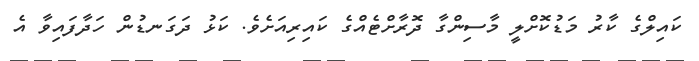
ކައިލްގެ ކާރު މަޑުކޮށްލީ މާސިންގާ ދޮރާށްޓެއްގެ ކައިރިއަށެވެ. ކަޅު ދަގަނޑުން ހަދާފައިވާ އެ